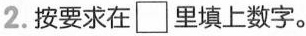
2.按要求\square 在里填上数字。